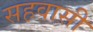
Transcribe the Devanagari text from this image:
सहवासी